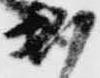
出